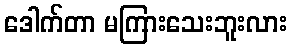
ဒေါက်တာ မကြားသေးဘူးလား